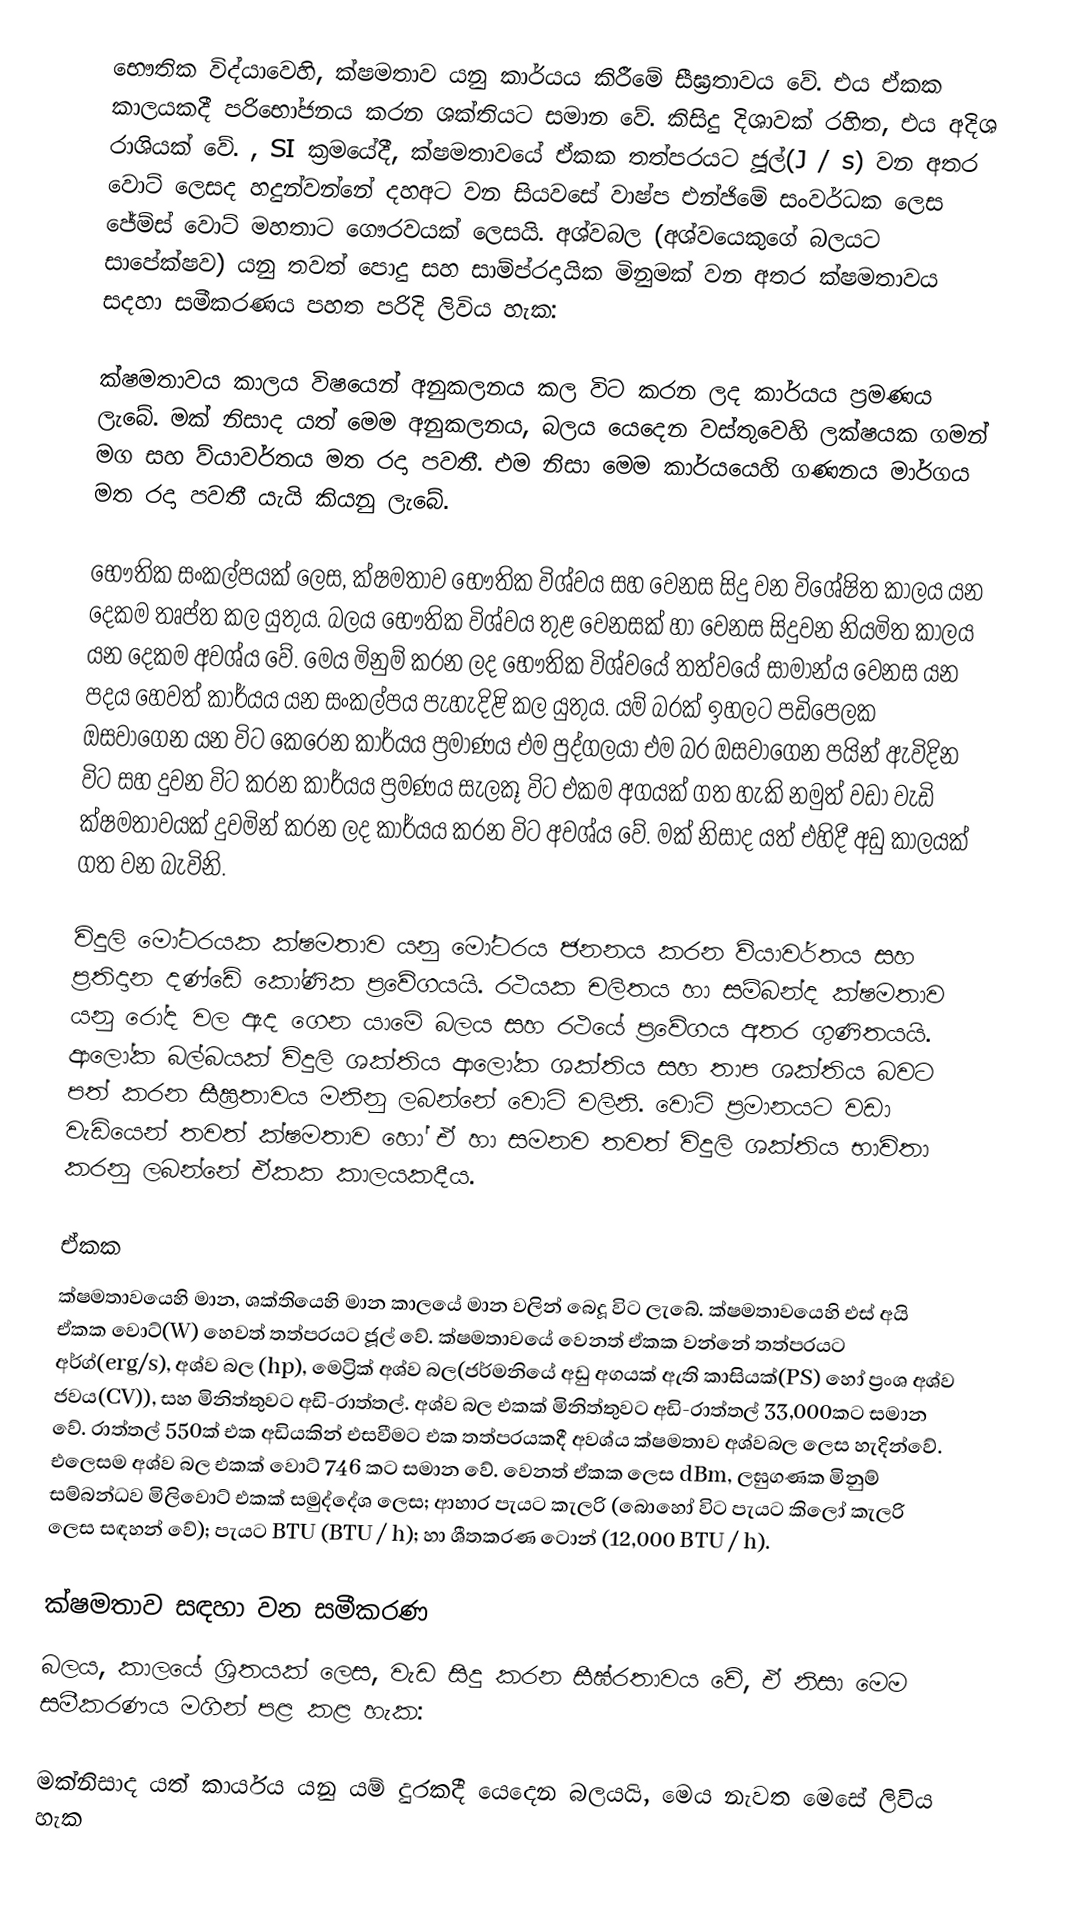
භෞතික විද්යාවෙහි, ක්ෂමතාව යනු කාර්යය කිරීමේ සීඝ්‍රතාවය වේ. එය ඒකක කාලයකදී පරිභෝජනය කරන ශක්තියට සමාන වේ. කිසිදු දිශාවක් රහිත, එය අදිශ රාශියක් වේ. , SI ක්‍රමයේදී, ක්ෂමතාවයේ ඒකක තත්පරයට ජූල්(J / s) වන අතර වොට් ලෙසද හදුන්වන්නේ දහඅට වන සියවසේ වාෂ්ප එන්ජිමේ සංවර්ධක ලෙස ජේම්ස් වොට් මහතාට ගෞරවයක් ලෙසයි. අශ්වබල (අශ්වයෙකුගේ බලයට සාපේක්ෂව) යනු  තවත් පොදු සහ සාම්ප්රදායික මිනුමක් වන අතර ක්ෂමතාවය සදහා සමීකරණය පහත පරිදි ලිවිය හැක:

ක්ෂමතාවය කාලය විෂයෙන් අනුකලනය කල විට කරන ලද කාර්යය ප්‍රමණය ලැබේ. මක් නිසාද යත් මෙම අනුකලනය, බලය යෙදෙන වස්තුවෙහි ලක්ෂයක ගමන් මග සහ ව්යාවර්තය මත රදා පවතී. එම නිසා මෙම කාර්යයෙහි ගණනය මාර්ගය මත රදා පවතී යැයි කියනු ලැබේ.

භෞතික සංකල්පයක් ලෙස, ක්ෂමතාව භෞතික විශ්වය සහ වෙනස සිදු වන විශේෂිත කාලය යන දෙකම තෘප්ත කල යුතුය. බලය භෞතික විශ්වය තුළ වෙනසක් හා වෙනස සිදුවන නියමිත කාලය යන දෙකම අවශ්ය වේ. මෙය මිනුම් කරන ලද භෞතික විශ්වයේ තත්වයේ සාමාන්ය වෙනස යන පදය හෙවත් කාර්යය යන සංකල්පය පැහැදිළි කල යුතුය. යම් බරක් ඉහලට පඩිපෙලක ඔසවාගෙන යන විට කෙරෙන කාර්යය ප්‍රමාණය එම පුද්ගලයා එම බර ඔසවාගෙන පයින් ඇවිදින විට සහ දුවන විට කරන කාර්යය ප්‍රමණය සැලකූ විට එකම අගයක් ගත හැකි නමුත් වඩා වැඩි ක්ෂමතාවයක් දුවමින් කරන ලද කාර්යය කරන විට අවශ්ය වේ. මක් නිසාද යත් එහිදී අඩු කාලයක් ගත වන බැවිනි.

විදුලි මෝටරයක ක්ෂමතාව යනු මෝටරය ජනනය කරන ව්යාවර්තය සහ ප්‍රතිදාන දණ්ඩේ කෝණික ප්‍රවේගයයි. රථයක චලිතය හා සම්බන්ද ක්ෂමතාව යනු ​​රෝද වල ඇද ගෙන යාමේ බලය සහ රථයේ ප්‍රවේගය අතර ගුණිතයයි. ආලෝක බල්බයක් විදුලි ශක්තිය ආලෝක ශක්තිය සහ තාප ශක්තිය බවට පත් කරන සීඝ්‍රතාවය මනිනු ලබන්නේ වොට් වලිනි. වොට් ප්‍රමානයට වඩා වැඩියෙන් තවත් ක්ෂමතාව හෝ ඒ හා සමනව තවත් විදුලි ශක්තිය භාවිතා කරනු ලබන්නේ ඒකක කාලයකදීය.

ඒකක
ක්ෂමතාවයෙහි මාන, ශක්තියෙහි මාන කාලයේ මාන වලින් බෙදූ විට ලැබේ. ක්ෂමතාවයෙහි එස් අයි ඒකක වොට්(W) හෙවත් තත්පරයට ජූල් වේ. ක්ෂමතාවයේ වෙනත් ඒකක වන්නේ තත්පරයට අර්ග්(erg/s), අශ්ව බල (hp), මෙට්‍රික් අශ්ව බල(ජර්මනියේ අඩු අගයක් ඇති කාසියක්(PS) හෝ ප්‍රංශ අශ්ව ජවය(CV)), සහ මිනිත්තුවට අඩි-රාත්තල්. අශ්ව බල එකක්  මිනිත්තුවට අඩි-රාත්තල් 33,000කට සමාන වේ. රාත්තල් 550ක් එක අඩියකින් එසවීමට එක තත්පරයකදී අවශ්ය ක්ෂමතාව අශ්වබල ලෙස හැදින්වේ. එලෙසම අශ්ව බල එකක් වොට් 746 කට සමාන වේ. වෙනත් ඒකක ලෙස dBm, ලඝුගණක මිනුම් සම්බන්ධව මිලිවොට් එකක් සමුද්දේශ ලෙස; ආහාර පැයට කැලරි (බොහෝ විට පැයට කිලෝ කැලරි ලෙස සඳහන් වේ); පැයට BTU (BTU / h); හා ශීතකරණ ටොන් (12,000 BTU / h).

ක්ෂමතාව සඳහා වන සමීකරණ
බලය, කාලයේ ශ්‍රිතයක් ලෙස, වැඩ සිදු කරන සීඝ්රතාවය වේ, ඒ නිසා මෙම සමීකරණය මගින් පළ කළ හැක:

මක්නිසාද යත් කාර්යය යනු යම් දුරකදී යෙදෙන බලයයි, මෙය නැවත මෙසේ ලිවිය හැක